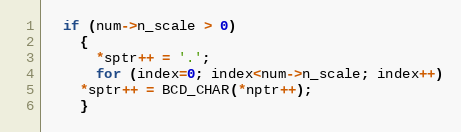
Language: C++
  if (num->n_scale > 0)
    {
      *sptr++ = '.';
      for (index=0; index<num->n_scale; index++)
	*sptr++ = BCD_CHAR(*nptr++);
    }